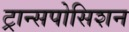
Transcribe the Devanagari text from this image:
ट्रान्सपोसिशन